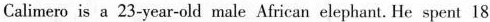
Calimero is a 23-year-old male African elephant. He spent 18